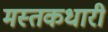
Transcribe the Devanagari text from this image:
मस्तकधारी